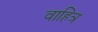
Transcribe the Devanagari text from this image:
वाहित्र